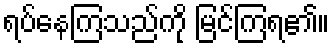
ရပ်နေကြသည်ကို မြင်ကြရ၏။